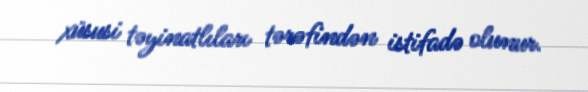
xüsusi təyinatlıları tərəfindən istifadə olunur.